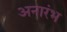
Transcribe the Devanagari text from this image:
अनारंभ